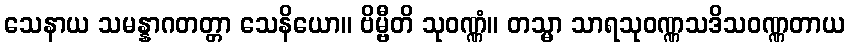
သေနာယ သမန္နာဂတတ္တာ သေနိယော။ ဗိမ္ဗီတိ သုဝဏ္ဏံ။ တသ္မာ သာရသုဝဏ္ဏသဒိသဝဏ္ဏတာယ